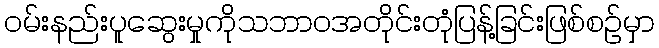
ဝမ်းနည်းပူဆွေးမှုကိုသဘာဝအတိုင်းတုံပြန့်ခြင်းဖြစ်စဉ်မှာ